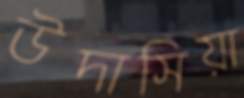
উদাসিয়া